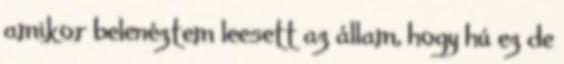
amikor belenéztem leesett az állam, hogy hú ez de